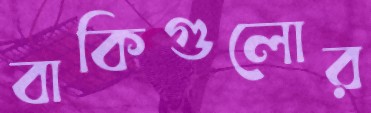
বাকিগুলোর